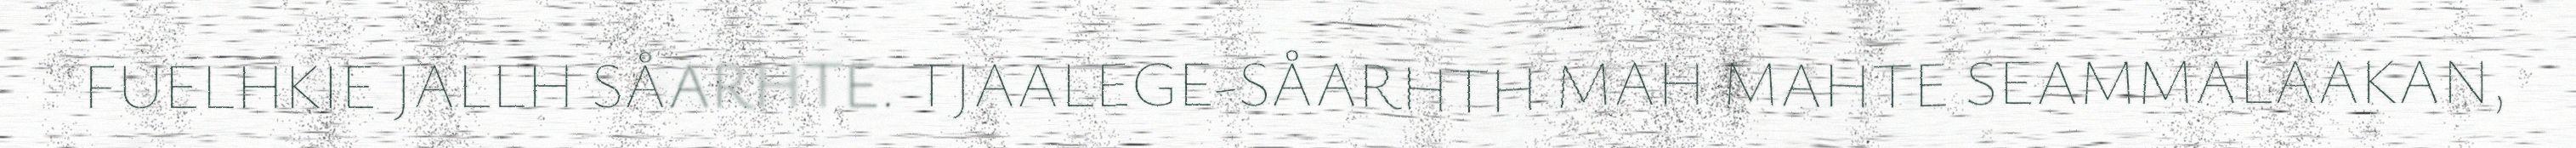
FUELHKIE JALLH SÅARHTE. TJAALEGE-SÅARHTH MAH MAHTE SEAMMALAAKAN,